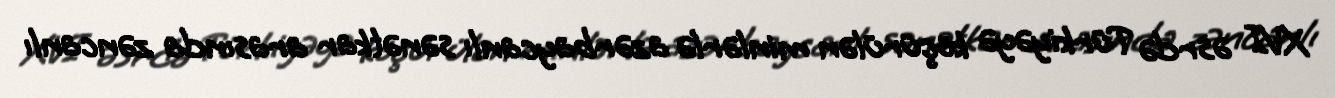
XVI əsrdə Türkiyəyə köçürülən minlərlə azərbaycanlı sənətkar arasında zəncanlı